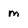
Character: m